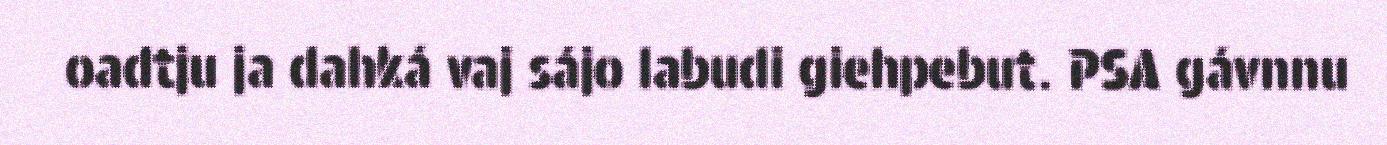
oadtju ja dahká vaj sájo labudi giehpebut. PSA gávnnu